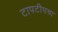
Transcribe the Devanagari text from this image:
टापटीपचा